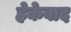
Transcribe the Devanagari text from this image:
हेकेवाद